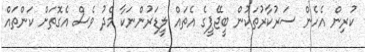
ކުރިން އެހެން ސަރުކާރުތަކުން ބީޖޭޕީގެ އެތައް ލީޑަރުންނަކާ މެދު ވެސް އެގޮތަށް ކަންތައް